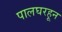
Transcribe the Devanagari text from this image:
पालघरहून